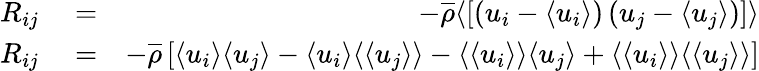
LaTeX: \begin{array}{rlr}{R_{ij}}&{{}=}&{-\overline{{\rho}}\langle\left[\left(u_{i}-\langle u_{i}\rangle\right)\left(u_{j}-\langle u_{j}\rangle\right)\right]\rangle}\\ {R_{ij}}&{{}=}&{-\overline{{\rho}}\left[\langle u_{i}\rangle\langle u_{j}\rangle-\langle u_{i}\rangle\langle\langle u_{j}\rangle\rangle-\langle\langle u_{i}\rangle\rangle\langle u_{j}\rangle+\langle\langle u_{i}\rangle\rangle\langle\langle u_{j}\rangle\rangle\right]}\end{array}